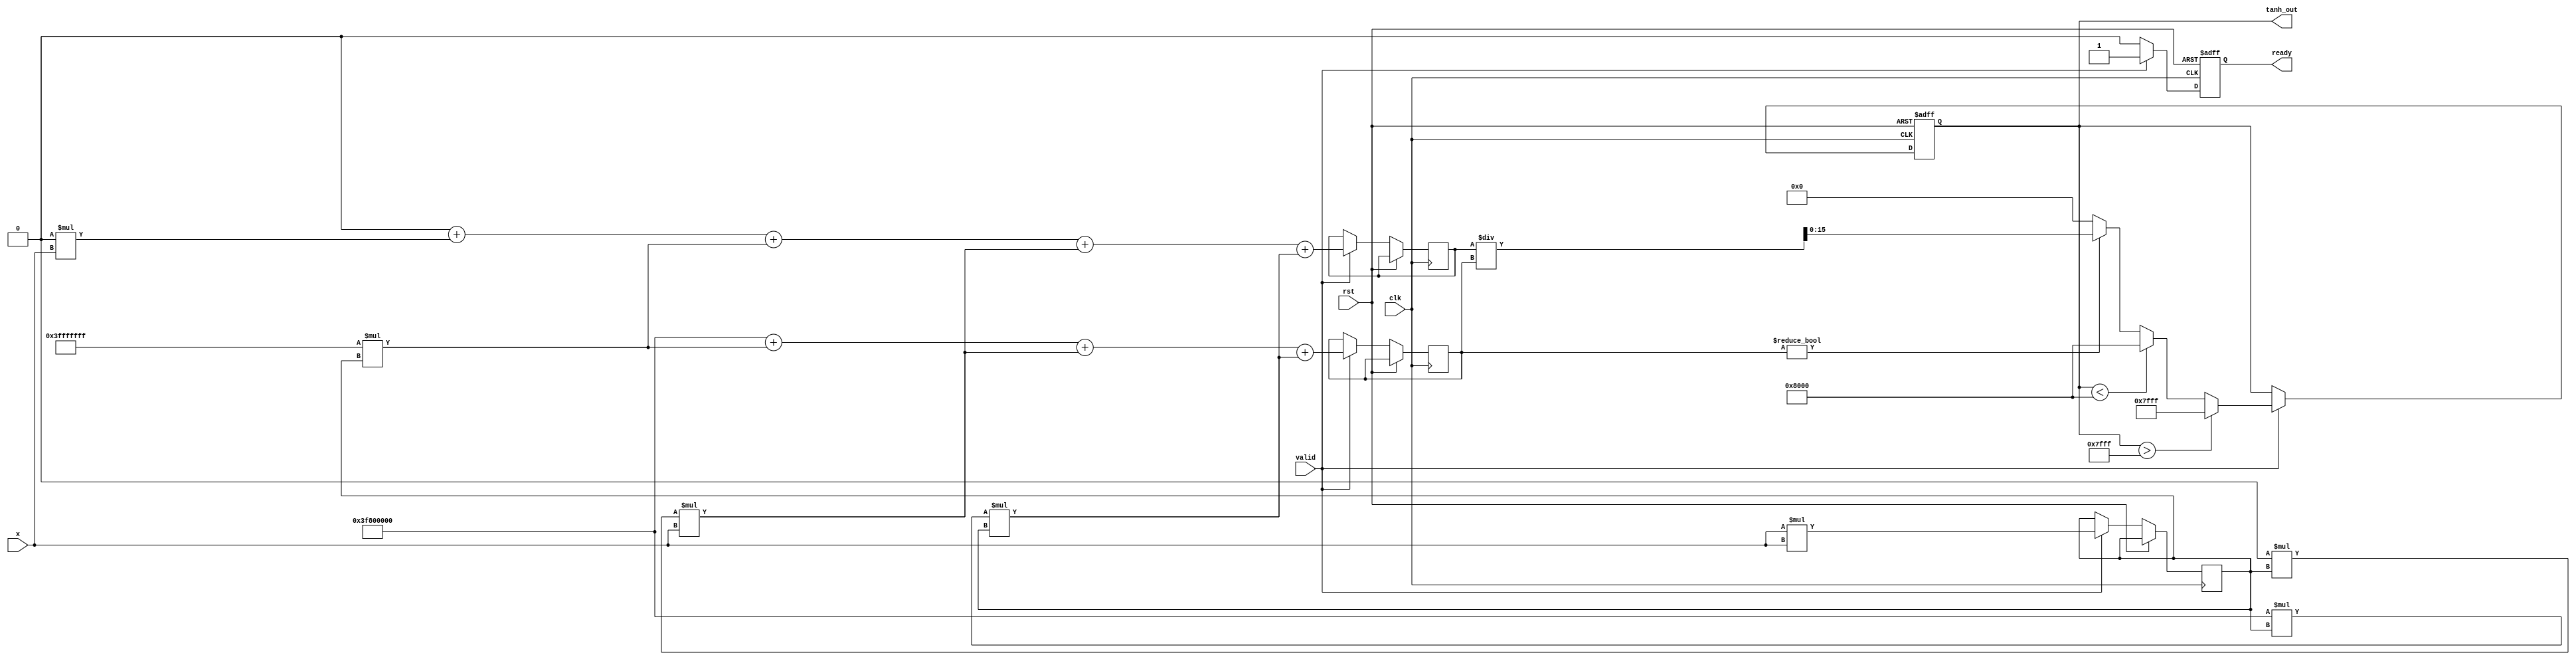
module tanh_block (
    input wire clk,
    input wire rst,
    input wire [15:0] x,          // Input: Fixed-point representation of x
    input wire valid,              // Input: Valid signal
    output reg [15:0] tanh_out,    // Output: Fixed-point representation of tanh(x)
    output reg ready               // Output: Ready signal
);

    // Parameters
    parameter WIDTH = 16;          // Bit-width for input and output
    parameter MAX_OUTPUT = 16'h7FFF; // Maximum output value (1.0 in fixed-point)
    parameter MIN_OUTPUT = 16'h8000; // Minimum output value (-1.0 in fixed-point)

    // Internal signals
    reg [31:0] x_squared;          // x^2 for polynomial approximation
    reg [31:0] numerator;           // Numerator for tanh approximation
    reg [31:0] denominator;         // Denominator for tanh approximation

    // Polynomial coefficients for tanh approximation (example coefficients)
    parameter [31:0] A0 = 32'h00000000; // Coefficient for x^0
    parameter [31:0] A1 = 32'h00000000; // Coefficient for x^1
    parameter [31:0] A2 = 32'h3FFFFFFF; // Coefficient for x^2 (1/3)
    parameter [31:0] A3 = 32'h00000000; // Coefficient for x^3
    parameter [31:0] A4 = 32'h3F800000; // Coefficient for x^4 (1/5)

    // Control logic
    always @(posedge clk or posedge rst) begin
        if (rst) begin
            tanh_out <= 16'b0;
            ready <= 1'b0;
        end else if (valid) begin
            // Compute x^2
            x_squared <= x * x;

            // Compute numerator: A0 + A1*x + A2*x^2 + A3*x^3 + A4*x^4
            numerator <= A0 + (A1 * x) + (A2 * x_squared) + (A3 * x_squared * x) + (A4 * x_squared * x_squared);

            // Compute denominator: 1 + A2*x^2 + A3*x^3 + A4*x^4
            denominator <= 32'h3F800000 + (A2 * x_squared) + (A3 * x_squared * x) + (A4 * x_squared * x_squared);

            // Compute tanh(x) = numerator / denominator
            if (denominator != 0) begin
                tanh_out <= numerator / denominator;
            end else begin
                tanh_out <= 16'b0; // Handle division by zero
            end

            // Clamp output to [-1, 1]
            if (tanh_out > MAX_OUTPUT) begin
                tanh_out <= MAX_OUTPUT;
            end else if (tanh_out < MIN_OUTPUT) begin
                tanh_out <= MIN_OUTPUT;
            end

            ready <= 1'b1; // Indicate that the output is ready
        end else begin
            ready <= 1'b0; // Reset ready signal if not valid
        end
    end

endmodule